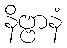
နိဗ္ဗာနံ